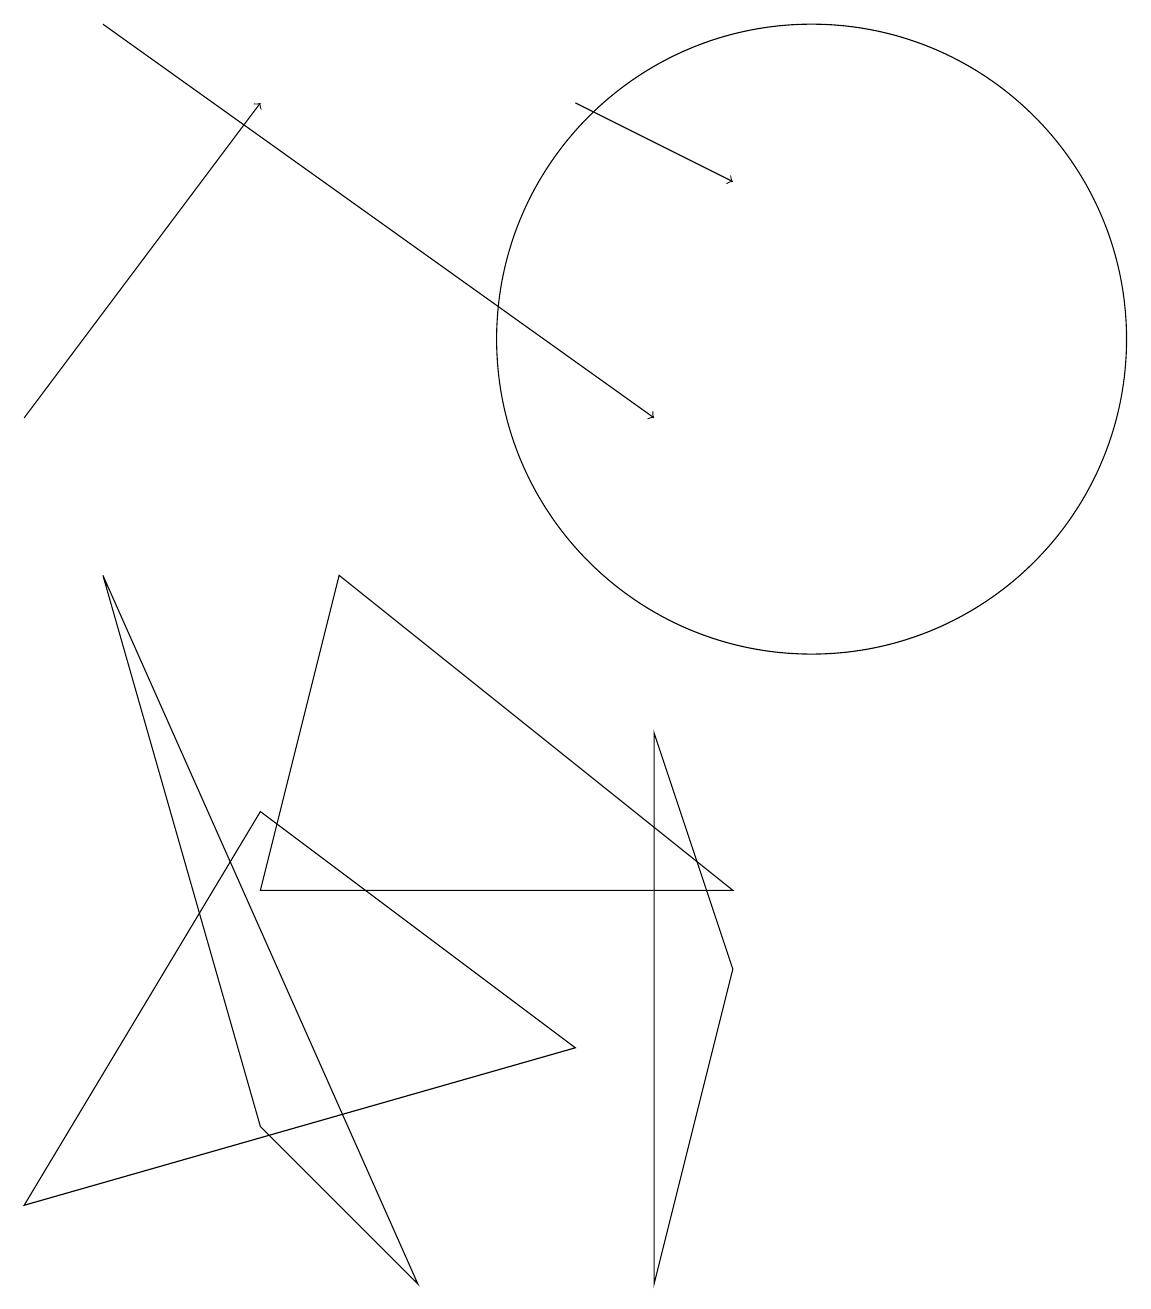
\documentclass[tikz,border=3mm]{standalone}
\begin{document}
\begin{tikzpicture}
\draw[->] (0,11) -- (3,15);
\draw[->] (1,16) -- (8,11);
\draw (3,2) -- (5,0) -- (1,9) -- cycle;
\draw[->] (7,15) -- (9,14);
\draw (0,1) -- (3,6) -- (7,3) -- cycle;
\draw (3,5) -- (9,5) -- (4,9) -- cycle;
\draw (8,7) -- (9,4) -- (8,0) -- cycle;
\draw (10,12) circle (4);
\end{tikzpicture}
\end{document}